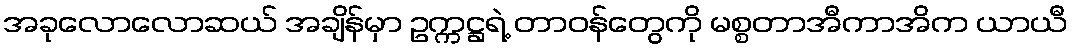
အခုလောလောဆယ် အချိန်မှာ ဥက္ကဋ္ဌရဲ့ တာဝန်တွေကို မစ္စတာအီကာအိက ယာယီ